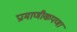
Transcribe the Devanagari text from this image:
प्रामाणीकपणा